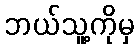
ဘယ်သူ့ကိုမှ